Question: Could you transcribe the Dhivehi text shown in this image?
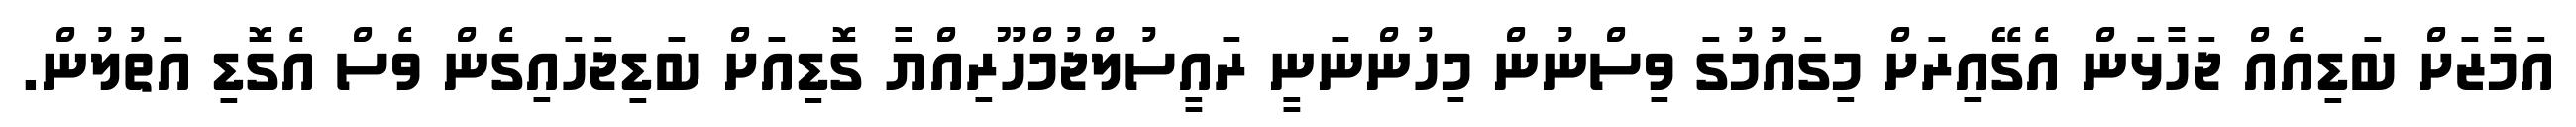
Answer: އަމާޒަށް ބަޑިއެއް ޖަހާޅަން އެގޭއިރަށް މިގައުމުގަ ވިސްނުން މިހުންނަނީ ރައީސުލްޖުމްހޫރިއްޔާ ގޮޑިއަށް ބަޑިޖަހައިގެން ވެސް އެގޮޑި އަތުލުން.